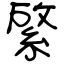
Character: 綮